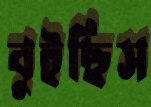
বুইছিস